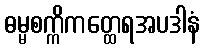
ဓမ္မစက္ကိကတ္ထေရအပဒါနံ